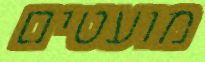
מועטים